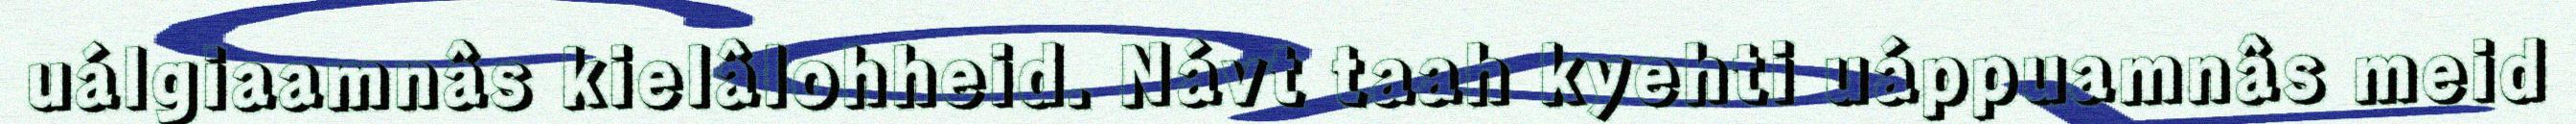
uálgiaamnâs kielâlohheid. Návt taah kyehti uáppuamnâs meid